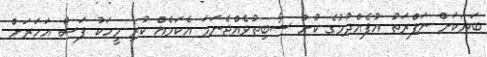
ބަޔަކަށް ނަފްރަތު އުފެއްދުމުގެ ކުށް ސާބިތުވެއްޖެނަމަ އެކަމެއް ކުރި މީހަކު ފަސް އަހަރަށް